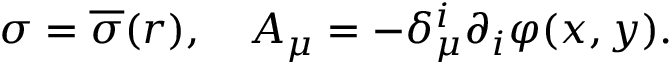
\sigma = \overline { { { \sigma } } } ( r ) , \quad A _ { \mu } = - \delta _ { \mu } ^ { i } \partial _ { i } \varphi ( x , y ) .